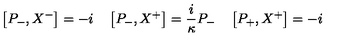
\left[ P _ { - } , X ^ { - } \right] = - i \quad \left[ P _ { - } , X ^ { + } \right] = \frac { i } { \kappa } P _ { - } \quad \left[ P _ { + } , X ^ { + } \right] = - i